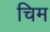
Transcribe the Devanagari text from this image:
चिम